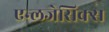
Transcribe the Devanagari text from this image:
एन्लजेसिक्स